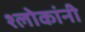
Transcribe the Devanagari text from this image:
श्लोकांनी